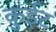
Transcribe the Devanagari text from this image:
कुईट